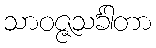
သာဝဇ္ဇသင်္ခါတာ